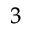
^ 3